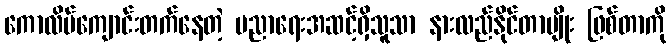
ကောလိပ်ကျောင်းတက်နေတဲ့ ပညာရေးအဆင့်ရှိသူသာ နားလည်နိုင်တာမျိုး ဖြစ်တာကို